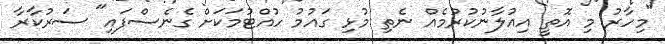
"މިހާރު މި އޮތީ އިއުލާނުކުރުމެއް ނެތި މުޅި ގައުމު ހުއްޓުމަކަށް ގެނެސްފައި" ސަރުކާރާ